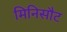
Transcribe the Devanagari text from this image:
मिनिसौट